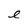
Character: e